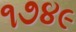
૧૭૪૯